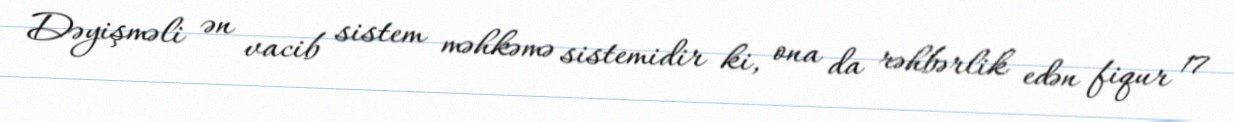
Dəyişməli ən vacib sistem məhkəmə sistemidir ki, ona da rəhbərlik edən fiqur 17